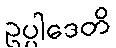
ဥပ္ပါဒေတိ